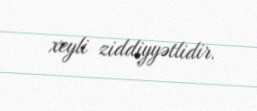
xeyli ziddiyyətlidir.